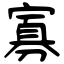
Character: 寡